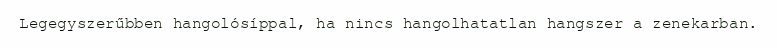
Legegyszerűbben hangolósíppal, ha nincs hangolhatatlan hangszer a zenekarban.